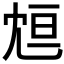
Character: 𠖑